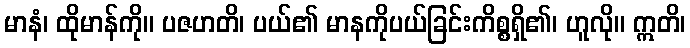
မာနံ၊ ထိုမာန်ကို။ ပဇဟတိ၊ ပယ်၏ မာနကိုပယ်ခြင်းကိစ္စရှိ၏၊ ဟူလို။ ဣတိ၊